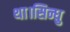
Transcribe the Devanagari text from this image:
था।सिन्धु